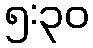
၅:၃၀